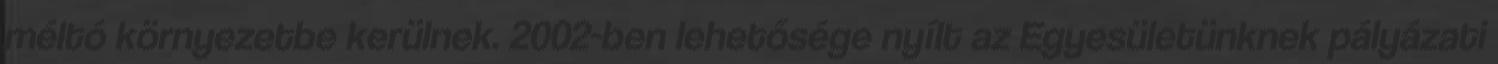
méltó környezetbe kerülnek. 2002-ben lehetősége nyílt az Egyesületünknek pályázati